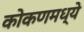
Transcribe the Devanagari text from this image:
कोकणमध्ये